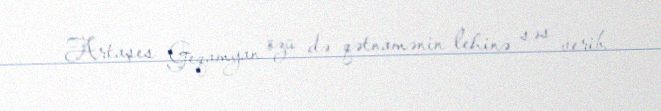
Artaşes Geqamyan özü də qətnamənin lehinə səs verib.